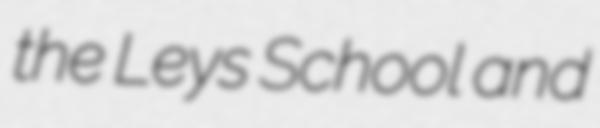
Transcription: the Leys School and